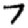
Digit: 7